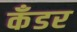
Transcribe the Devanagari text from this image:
कँडर